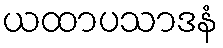
ယထာပသာဒနံ